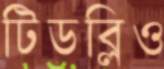
টিডব্লিও